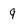
Character: 9